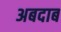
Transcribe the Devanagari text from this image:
अबदाब